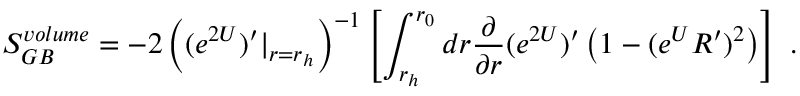
S _ { G B } ^ { v o l u m e } = - 2 \left( ( e ^ { 2 U } ) ^ { \prime } | _ { r = r _ { h } } \right) ^ { - 1 } \left[ \int _ { r _ { h } } ^ { r _ { 0 } } d r { \frac { \partial } { \partial r } } ( e ^ { 2 U } ) ^ { \prime } \left( 1 - ( e ^ { U } R ^ { \prime } ) ^ { 2 } \right) \right] \ .